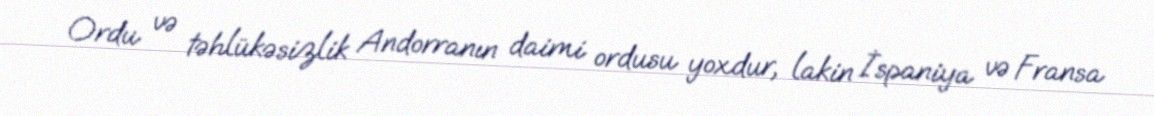
Ordu və təhlükəsizlik Andorranın daimi ordusu yoxdur, lakin İspaniya və Fransa